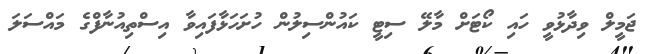
ޖަމީލް ވިދާޅުވީ ހައި ކޯޓަށް މާލޭ ސިޓީ ކައުންސިލުން ހުށަހަޅާފައިވާ އިސްތިއުނާފްގެ މައްސަލަ